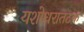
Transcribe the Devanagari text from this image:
यशोधरातटक